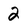
Character: 2